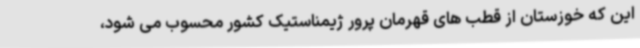
این که خوزستان از قطب های قهرمان پرور ژیمناستیک کشور محسوب می شود،